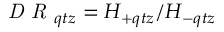
\textit { D R } _ { q t z } = H _ { + q t z } / H _ { - q t z }